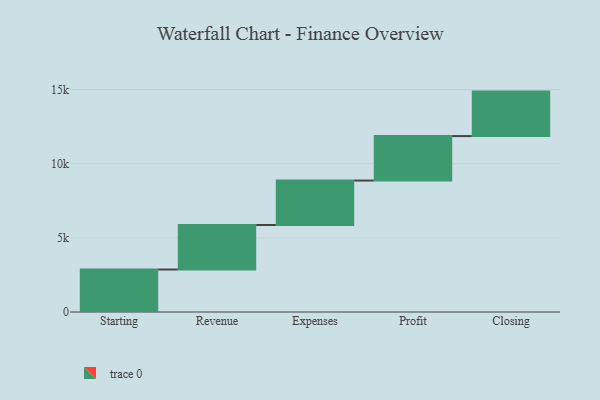
{"axis": {"x": "Step", "y": "Value"}, "legend": [""], "data": [{"x": "Starting", "y": 2867.0, "type": ""}, {"x": "Revenue", "y": 3000, "type": ""}, {"x": "Expenses", "y": 3000, "type": ""}, {"x": "Profit", "y": 3000, "type": ""}, {"x": "Closing", "y": 3000, "type": ""}]}